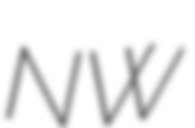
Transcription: NW